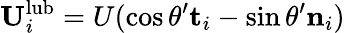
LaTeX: \mathbf{U}_{i}^{\mathrm{lub}}=U(\cos\theta^{\prime}\mathbf{t}_{i}-\sin\theta^{\prime}\mathbf{n}_{i})